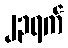
၂၃ရက်